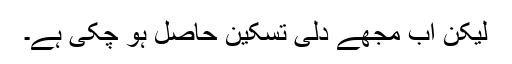
لیکن اب مجھے دِلی تسکین حاصل ہو چکی ہے۔